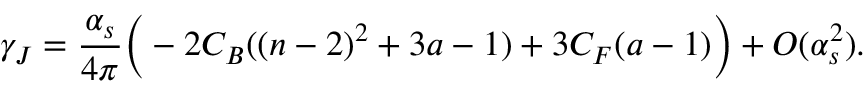
\gamma _ { J } = \frac { \alpha _ { s } } { 4 \pi } \Big ( - 2 C _ { B } ( ( n - 2 ) ^ { 2 } + 3 a - 1 ) + 3 C _ { F } ( a - 1 ) \Big ) + O ( \alpha _ { s } ^ { 2 } ) .